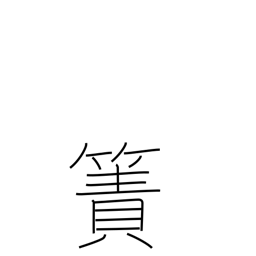
Meaning: rough mat (reeds)